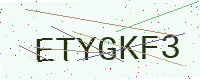
Text: ETYGKF3